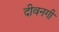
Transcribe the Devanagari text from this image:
दीवनगी